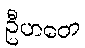
ဦဟတေ